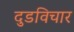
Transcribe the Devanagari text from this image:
दुडविचार